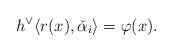
LaTeX: \begin{align*} h^\vee \langle r(x), \check\alpha_i \rangle = \varphi(x).\end{align*}